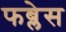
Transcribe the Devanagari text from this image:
फब्लेस